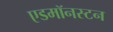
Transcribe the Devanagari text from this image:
एडमॉनस्टन